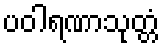
ပဝါရဏာသုတ္တံ